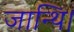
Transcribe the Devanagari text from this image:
जान्थि।